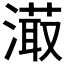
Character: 𣽇